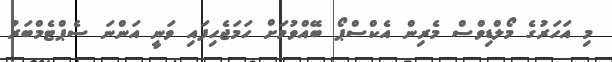
މި އަހަރުގެ މޯލްޑިވްސް މެރިން އެކްސްޕޯ ބޭއްވުމަށް ހަމަޖެހިފައި ވަނީ އަންނަ ސެޕްޓެމްބަރު